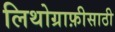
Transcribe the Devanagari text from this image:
लिथोग्राफ़ीसाठी